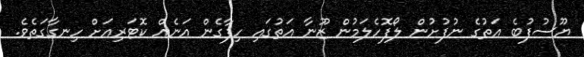
ޔޫސުފުބެ އަތުގެ ނުފުށުން ލޯފޮހެލަމުން ޒޫނާ އަތުގައި ހިފާގެން އަނެއް ކޮޓަރިއަށް ހިނގާގަތެވެ.